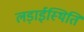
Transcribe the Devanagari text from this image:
लड़ाईस्थिति